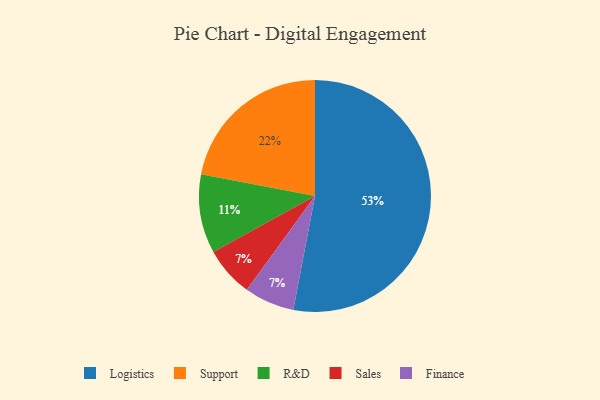
{"axis": {"x": "Category", "y": "Percentage"}, "legend": ["Finance", "Logistics", "R&D", "Sales", "Support"], "data": [{"x": "Support", "y": 22, "type": "Support"}, {"x": "R&D", "y": 11, "type": "R&D"}, {"x": "Sales", "y": 7, "type": "Sales"}, {"x": "Finance", "y": 7, "type": "Finance"}, {"x": "Logistics", "y": 53, "type": "Logistics"}]}